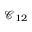
\mathcal { C } _ { 1 2 }